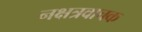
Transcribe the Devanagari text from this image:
नक्षत्रवाचक